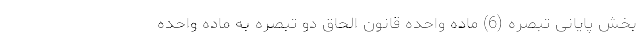
بخش پایانی تبصره (6) ماده واحده قانون الحاق دو تبصره به ماده واحده